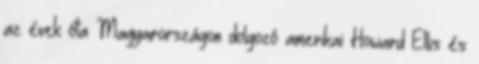
az évek óta Magyarországon dolgozó amerikai Howard Ellis és